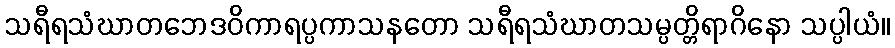
သရီရသံဃာတဘေဒဝိကာရပ္ပကာသနတော သရီရသံဃာတသမ္ပတ္တိရာဂိနော သပ္ပါယံ။